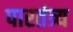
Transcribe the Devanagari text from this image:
पारतंत्र्य